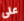
على